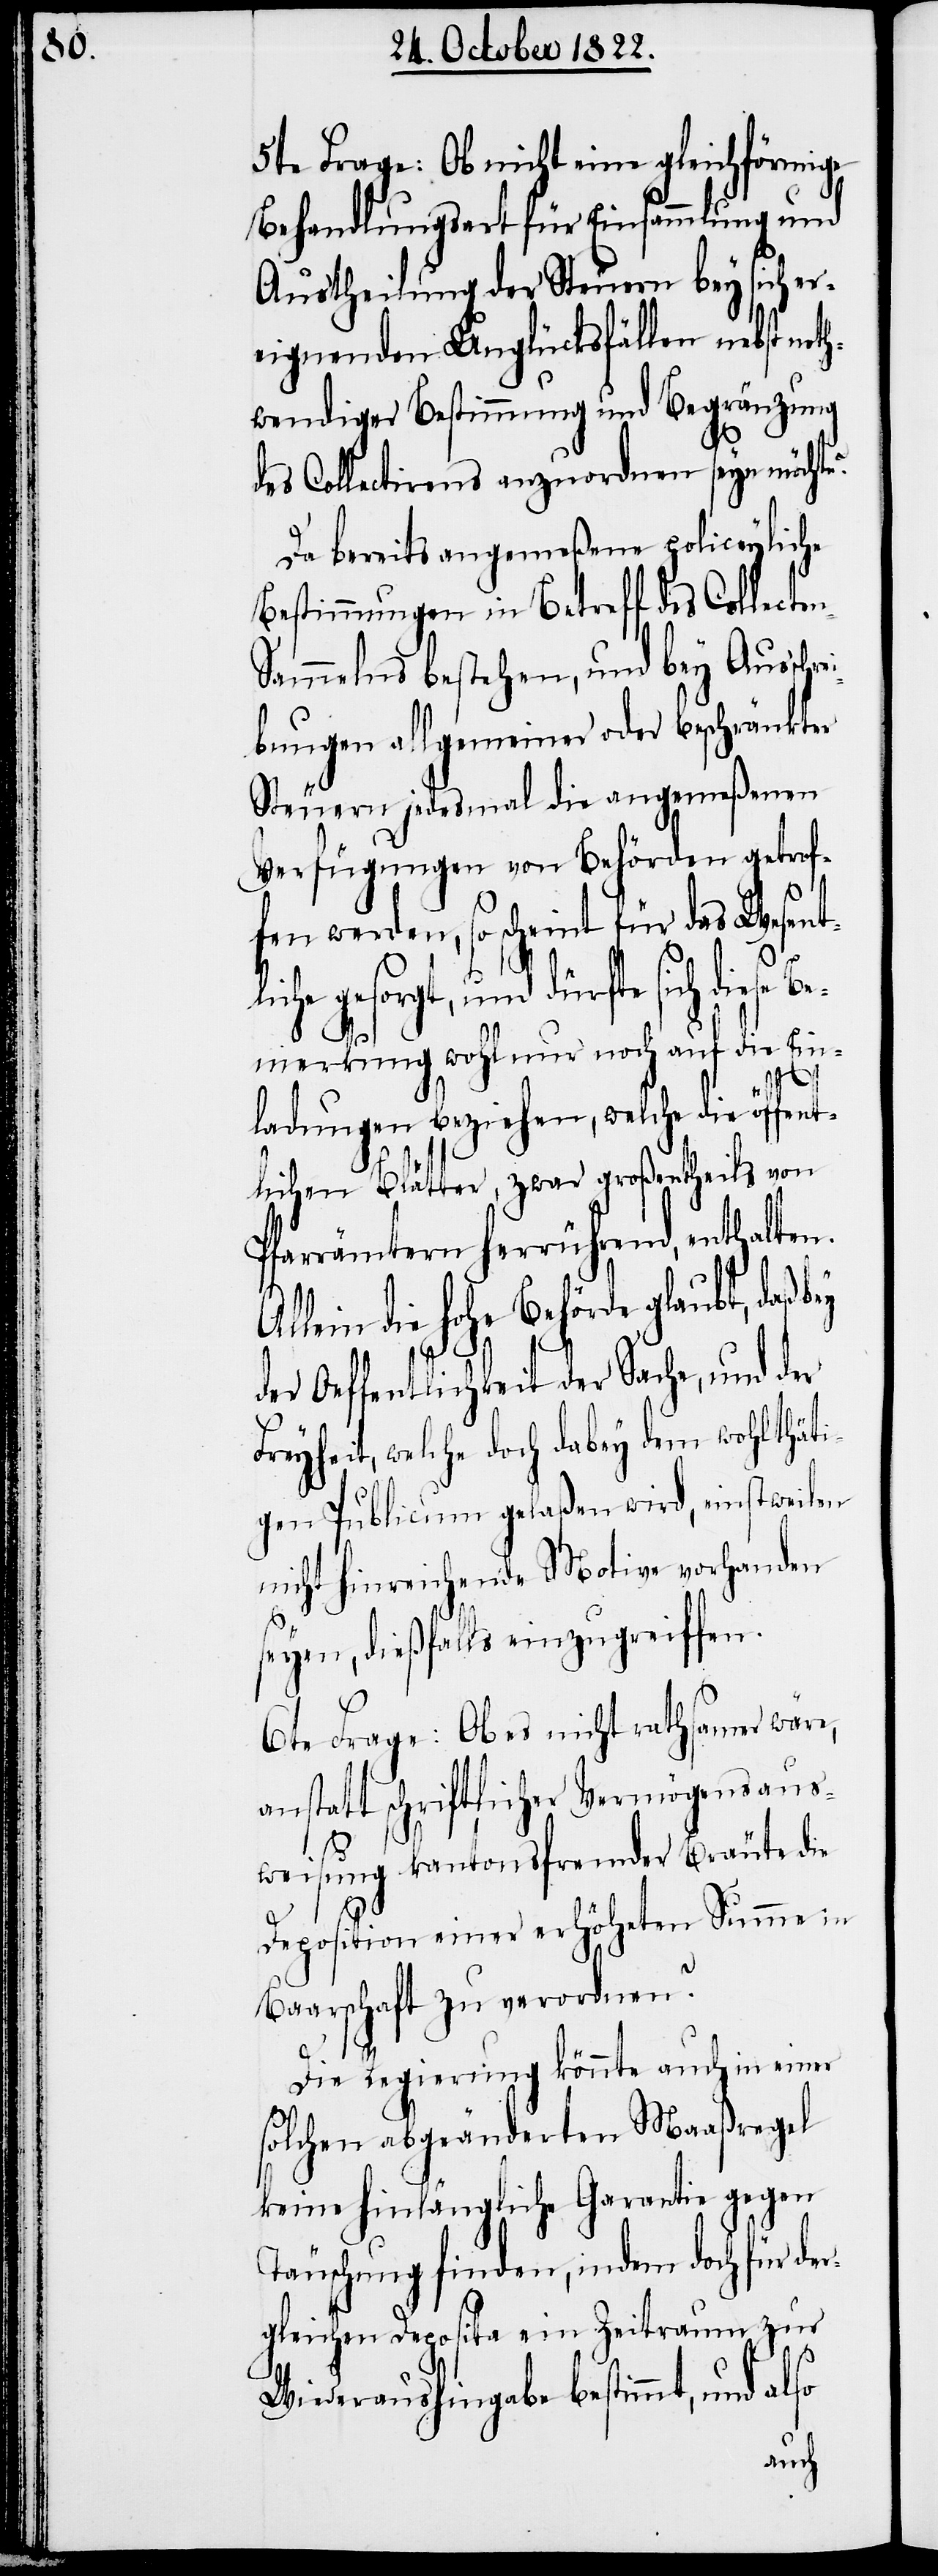
5te Frage: Ob nicht eine gleichförmige
Behandlungsart für Einsammlung und
Austheilung der Steuern bey sich er¬
eignenden Unglücksfällen nebst noth¬
wendiger Bestimmung und Begränzung
des Collectirens anzuordnen sein möchte?
Da bereits angemeßene policeyliche
Bestimmungen in Betreff des Collecte¬
ammelns bestehen, und bey Ausschre¬
ibungen allgemeiner oder beschränkter
Steuern jedesmal die angemeßenen
Verfügungen von Behörden getrof¬
fen werden, so scheint für das Wesentl¬
te sich diese Be¬
merkung wohl nur noch auf die Ein¬
ladungen beziehen, welche die öffent¬
lichen Blätter, zwar großentheils von
Pfarrämtern herrührend, enthalten.
Allein die hohe Behörde glaubt, daß
der Oeffentlichkeit der Sache, und der
Freyheit, welche doch dabey dem wohlthäti¬
gen Publicum gelaßen wird, einstweilen
nicht hinreichende Motive vohanden
seyen, dießfalls einzugreiffen.
6te Frage: Ob es nicht rathsamer wäre,
anstatt schriftlicher Vermögensaus¬
weisung kantonsfremder Bräute die
Deposition einer erhöheten Summe in
Baarschaft zu verordnen?
n-S¬
Die Regierung könnte auch in einer
solchen abgeänderten Maaßregel
keine hinlängliche Garantie gegen
Täuschung finden, indem doch für der¬
gleichen Deposita ein Zeitraum zur
Wiederaushingabe bestimmt, und also